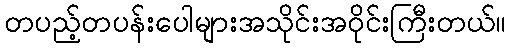
တပည့်တပန်းပေါများအသိုင်းအဝိုင်းကြီးတယ်။